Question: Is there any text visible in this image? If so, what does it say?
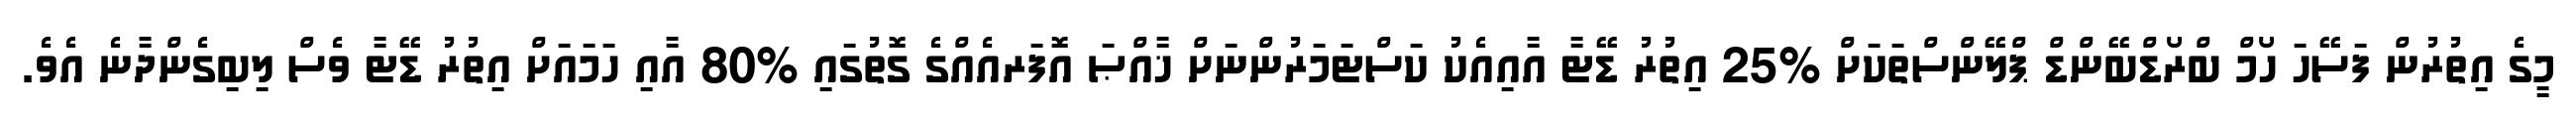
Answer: މީގެ އިތުރުން ފަސޭހަ ހޯމް ބްރޯޑްބޭންޑް ޕްލޭންސްތަކަށް %25 އިތުރު ޑޭޓާ އާއިއެކު ކަސްޓަމަރުންނަށް ޚާއްޞަ އޮފަރއެއްގެ ގޮތުގައި %80 އާއި ހަމައަށް އިތުރު ޑޭޓާ ވެސް ލިބިގެންދާނެ އެވެ.